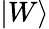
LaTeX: \left|W\right\rangle